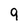
Character: q